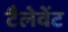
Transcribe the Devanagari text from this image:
टैलेवेंट